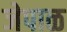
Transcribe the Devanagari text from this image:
जेपाळ